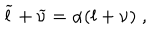
\widetilde { l } + \widetilde { \nu } = \alpha ( l + \nu ) \; ,